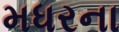
મધરના